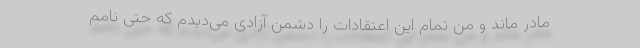
مادر ماند و من تمام این اعتقادات را دشمن آزادی می‌دیدم که حتی نامم